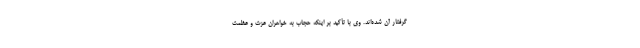
گرفتار آن شده‌اند. وی با تأکید بر اینکه حجاب به خواهران عزت و عظمت